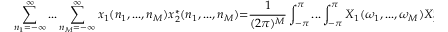
\sum _ { n _ { 1 } = - \infty } ^ { \infty } . . . \sum _ { n _ { M } = - \infty } ^ { \infty } x _ { 1 } ( n _ { 1 } , . . . , n _ { M } ) x _ { 2 } ^ { * } ( n _ { 1 } , . . . , n _ { M } ) { = } { \frac { 1 } { ( 2 \pi ) ^ { M } } } \int _ { - \pi } ^ { \pi } . . . \int _ { - \pi } ^ { \pi } X _ { 1 } ( \omega _ { 1 } , . . . , \omega _ { M } ) X _ { 2 } ^ { * } ( \omega _ { 1 } , . . . , \omega _ { M } ) d \omega _ { 1 } . . . d \omega _ { M }